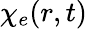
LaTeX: \chi_{e}(r,t)